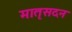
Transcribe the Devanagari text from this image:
मातृसदन